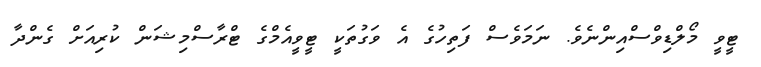
ޓީވީ މޯލްޑިވްސްއިންނެވެ. ނަމަވެސް ފަތިހުގެ އެ ވަގުތަކީ ޓީވީއެމްގެ ޓްރާސްމިޝަން ކުރިއަށް ގެންދާ